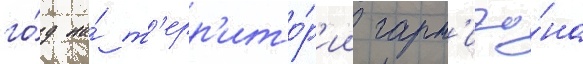
го́д на́ т'ерр'ито́р'ии гарн'изо́на